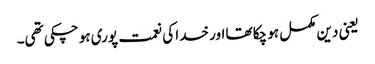
یعنی دین مکمل ہو چکا تھا اور خدا کی نعمت پوری ہو چکی تھی۔